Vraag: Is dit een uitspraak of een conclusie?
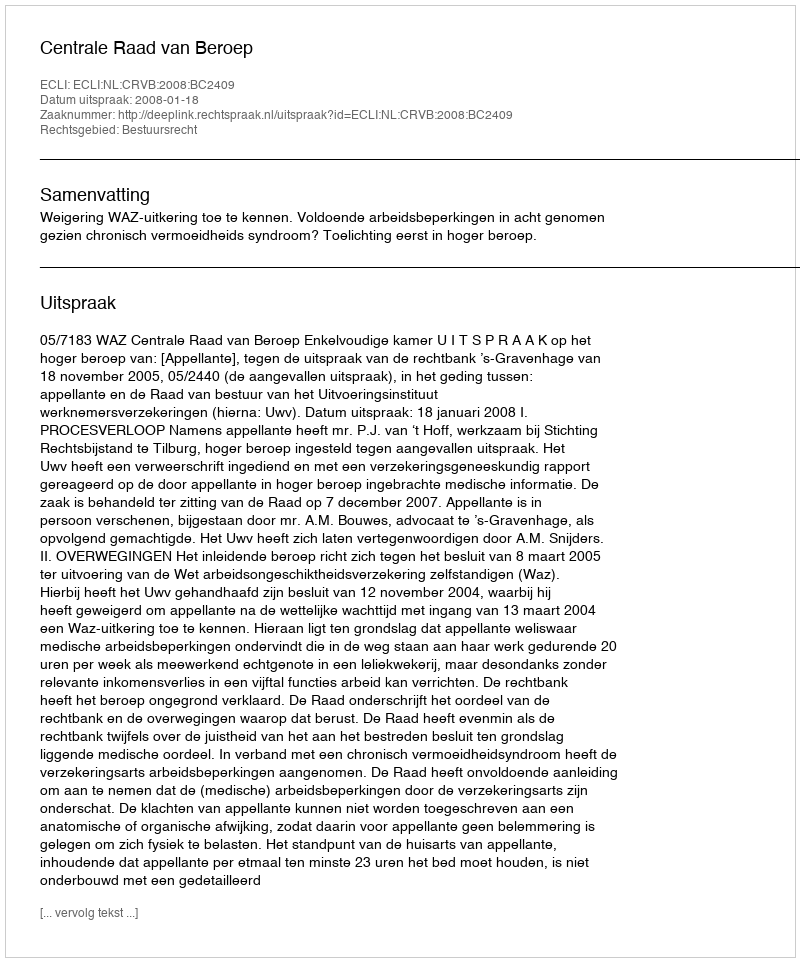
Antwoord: Uitspraak